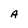
Character: A